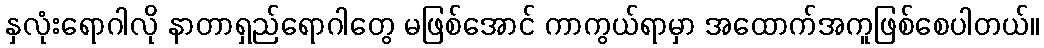
နှလုံးရောဂါလို နာတာရှည်ရောဂါတွေ မဖြစ်အောင် ကာကွယ်ရာမှာ အထောက်အကူဖြစ်စေပါတယ်။